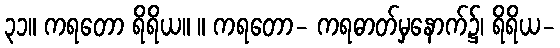
၃၁။ ကရတော ရိရိယ။ ။ ကရတော- ကရဓာတ်မှနောက်၌၊ ရိရိယ-